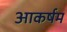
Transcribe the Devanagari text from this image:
आकर्षम